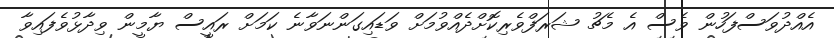
އެއްދުވަސްފަހުން ވެސް އެ މެޗު ޝަރަފްވެރިކޮށްދެއްވުމަށް ވަޑައިގަންނަވާނެ ކަމަށް ރައީސް ޔާމީން ވިދާޅުވެފައިވާ